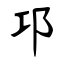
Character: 邛